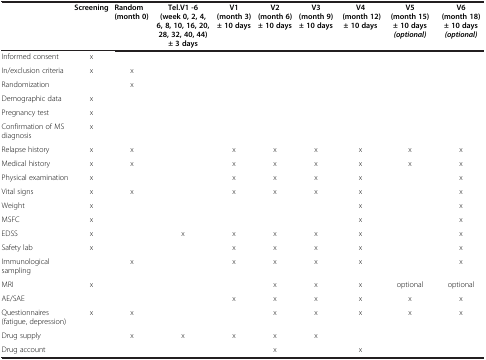
<table><thead><tr><td><b> </b></td><td><b>Screening</b></td><td><b>Random (month 0)</b></td><td><b>Tel.V1 -6 (week 0, 2, 4, 6, 8, 10, 16, 20, 28, 32, 40, 44) ± 3 days</b></td><td><b>V1 (month 3) ± 10 days</b></td><td><b>V2 (month 6) ± 10 days</b></td><td><b>V3 (month 9) ± 10 days</b></td><td><b>V4 (month 12) ± 10 days</b></td><td><b>V5 (month 15) ± 10 days <i>(optional)</i></b></td><td><b>V6 (month 18) ± 10 days <i>(optional)</i></b></td></tr></thead><tbody><tr><td>Informed consent</td><td>x</td><td> </td><td> </td><td> </td><td> </td><td> </td><td> </td><td> </td><td> </td></tr><tr><td>In/exclusion criteria</td><td>x</td><td>x</td><td> </td><td> </td><td> </td><td> </td><td> </td><td> </td><td> </td></tr><tr><td>Randomization</td><td> </td><td>x</td><td> </td><td> </td><td> </td><td> </td><td> </td><td> </td><td> </td></tr><tr><td>Demographic data</td><td>x</td><td> </td><td> </td><td> </td><td> </td><td> </td><td> </td><td> </td><td> </td></tr><tr><td>Pregnancy test</td><td>x</td><td> </td><td> </td><td> </td><td> </td><td> </td><td> </td><td> </td><td> </td></tr><tr><td>Confirmation of MS diagnosis</td><td>x</td><td> </td><td> </td><td> </td><td> </td><td> </td><td> </td><td> </td><td> </td></tr><tr><td>Relapse history</td><td>x</td><td>x</td><td> </td><td>x</td><td>x</td><td>x</td><td>x</td><td>x</td><td>x</td></tr><tr><td>Medical history</td><td>x</td><td>x</td><td> </td><td>x</td><td>x</td><td>x</td><td>x</td><td>x</td><td>x</td></tr><tr><td>Physical examination</td><td>x</td><td> </td><td> </td><td>x</td><td>x</td><td>x</td><td>x</td><td> </td><td>x</td></tr><tr><td>Vital signs</td><td>x</td><td>x</td><td> </td><td>x</td><td>x</td><td>x</td><td>x</td><td> </td><td>x</td></tr><tr><td>Weight</td><td>x</td><td> </td><td> </td><td> </td><td> </td><td> </td><td>x</td><td> </td><td>x</td></tr><tr><td>MSFC</td><td>x</td><td> </td><td> </td><td> </td><td> </td><td> </td><td>x</td><td> </td><td>x</td></tr><tr><td>EDSS</td><td>x</td><td> </td><td>x</td><td>x</td><td>x</td><td>x</td><td>x</td><td> </td><td>x</td></tr><tr><td>Safety lab</td><td>x</td><td> </td><td> </td><td>x</td><td>x</td><td>x</td><td>x</td><td> </td><td>x</td></tr><tr><td>Immunological sampling</td><td> </td><td>x</td><td> </td><td>x</td><td>x</td><td>x</td><td>x</td><td> </td><td>x</td></tr><tr><td>MRI</td><td>x</td><td> </td><td> </td><td> </td><td>x</td><td>x</td><td>x</td><td>optional</td><td>optional</td></tr><tr><td>AE/SAE</td><td> </td><td> </td><td> </td><td>x</td><td>x</td><td>x</td><td>x</td><td>x</td><td>x</td></tr><tr><td>Questionnaires (fatigue, depression)</td><td>x</td><td>x</td><td> </td><td> </td><td>x</td><td>x</td><td>x</td><td>x</td><td>x</td></tr><tr><td>Drug supply</td><td> </td><td>x</td><td>x</td><td>x</td><td>x</td><td>x</td><td> </td><td> </td><td> </td></tr><tr><td>Drug account</td><td> </td><td> </td><td> </td><td> </td><td>x</td><td> </td><td>x</td><td> </td><td> </td></tr></tbody></table>